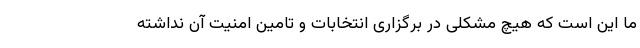
ما این است که هیچ مشکلی در برگزاری انتخابات و تامین امنیت آن نداشته